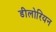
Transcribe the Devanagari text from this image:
डीलोरियन